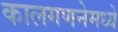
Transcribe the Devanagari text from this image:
कालगणनेमध्ये